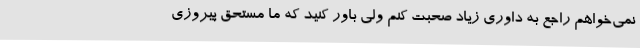
نمی‌خواهم راجع به داوری زیاد صحبت کنم ولی باور کنید که ما مستحق پیروزی